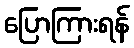
ပြောကြားရန်